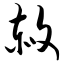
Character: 赦